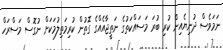
ނަމަވެސް ދުނިޔެއިން ކުރި ބުރަ މަސައްކަތުގެ ނަތީޖާއެއްގެ ގޮތުން ކުރިމަތިލުމަކަށް ނުގޮސް މަސްރަހް